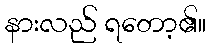
နားလည် ရတော့၏။